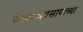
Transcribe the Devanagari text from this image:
वेश्याव्यवसायाच्या